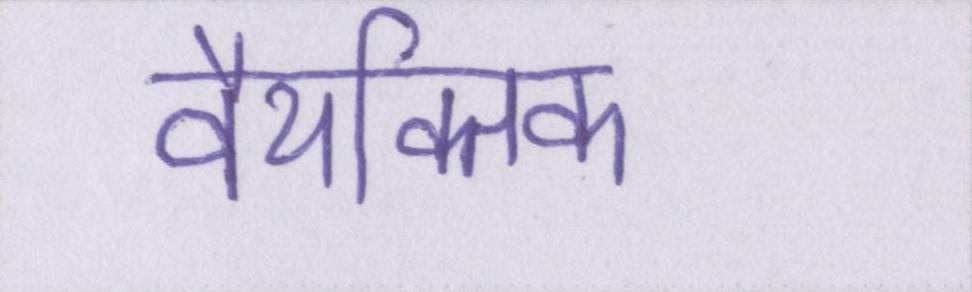
वैयक्तिक